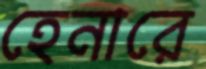
হেনারে